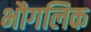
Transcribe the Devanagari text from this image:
भौगलिक